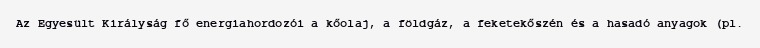
Az Egyesült Királyság fő energiahordozói a kőolaj, a földgáz, a feketekőszén és a hasadó anyagok (pl.